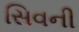
સિવની